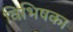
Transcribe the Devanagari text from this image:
विभिषका